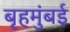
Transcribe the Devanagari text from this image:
बृहमुंबई